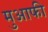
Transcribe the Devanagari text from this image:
मुआफी